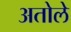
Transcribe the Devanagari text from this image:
अतोले